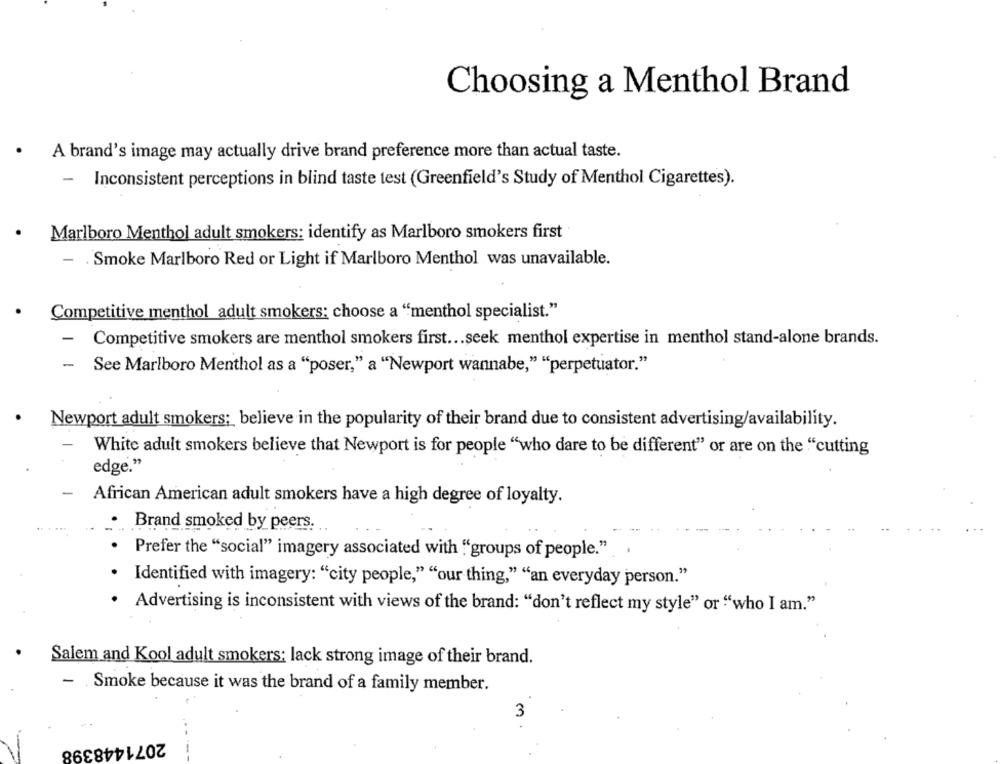
Choosing a Menthol Brand
A brand's image may actually drive brand preference more than actual taste.
-
Inconsistent perceptions in blind taste test (Greenfield's Study of Menthol Cigarettes).
Marlboro Menthol adult smokers: identify as Marlboro smokers first
-
. Smoke Marlboro Red or Light if Marlboro Menthol was unavailable.
Competitive menthol adult smokers: choose a "menthol specialist."
-
Competitive smokers are menthol smokers first ... seek menthol expertise in menthol stand-alone brands.
- See Marlboro Menthol as a "poser," a "Newport wannabe," "perpetuator."
Newport adult smokers; believe in the popularity of their brand due to consistent advertising/availability.
White adult smokers believe that Newport is for people "who dare to be different" or are on the "cutting
edge."
African American adult smokers have a high degree of loyalty.
Brand smoked by peers.
Prefer the "social" imagery associated with "groups of people." ..
Identified with imagery: "city people," "our thing," "an everyday person."
Advertising is inconsistent with views of the brand: "don't reflect my style" or "who I am."
Salem and Kool adult smokers: lack strong image of their brand.
Smoke because it was the brand of a family member.
3
2071448398